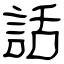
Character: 話